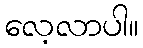
လေ့လာပါ။